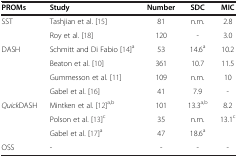
<table><thead><tr><td><b>PROMs</b></td><td><b>Study</b></td><td><b>Number</b></td><td><b>SDC</b></td><td><b>MIC</b></td></tr></thead><tbody><tr><td rowspan="2">SST</td><td>Tashjian et al. [15]</td><td>81</td><td>n.m.</td><td>2.8</td></tr><tr><td>Roy et al. [18]</td><td>120</td><td>-</td><td>3.0</td></tr><tr><td rowspan="4">DASH</td><td>Schmitt and Di Fabio [14]<sup>a</sup></td><td>53</td><td>14.6<sup>a</sup></td><td>10.2</td></tr><tr><td>Beaton et al. [10]</td><td>361</td><td>10.7</td><td>11.5</td></tr><tr><td>Gummesson et al. [11]</td><td>109</td><td>n.m.</td><td>10</td></tr><tr><td>Gabel et al. [16]</td><td>41</td><td>7.9</td><td>-</td></tr><tr><td rowspan="3"><i>Quick</i>DASH</td><td>Mintken et al. [12]<sup>a,b</sup></td><td>101</td><td>13.3<sup>a,b</sup></td><td>8.2</td></tr><tr><td>Polson et al. [13]<sup>c</sup></td><td>35</td><td>n.m.</td><td>13.1<sup>c</sup></td></tr><tr><td>Gabel et al. [17]<sup>a</sup></td><td>47</td><td>18.6<sup>a</sup></td><td> </td></tr><tr><td>OSS</td><td>-</td><td>-</td><td>-</td><td>-</td></tr></tbody></table>